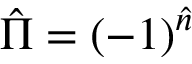
\hat { \Pi } = ( - 1 ) ^ { \hat { n } }